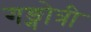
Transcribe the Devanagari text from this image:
गङ्गोत्री